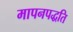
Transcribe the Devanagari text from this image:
मापनपद्धति